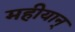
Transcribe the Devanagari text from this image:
महीयान्‌